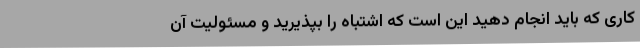
کاری که باید انجام دهید این است که اشتباه را بپذیرید و مسئولیت آن